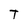
Character: T